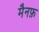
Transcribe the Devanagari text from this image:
मैनफ़